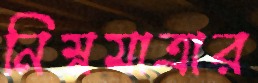
নিম্নমাত্রার